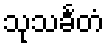
သုသင်္ခတံ